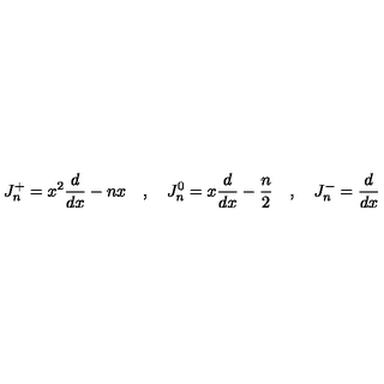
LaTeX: J _ { n } ^ { + } = x ^ { 2 } { \frac { d } { d x } } - n x \quad , \quad J _ { n } ^ { 0 } = x { \frac { d } { d x } } - { \frac { n } { 2 } } \quad , \quad J _ { n } ^ { - } = { \frac { d } { d x } }